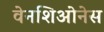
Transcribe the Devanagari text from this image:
वेनशिओनेस